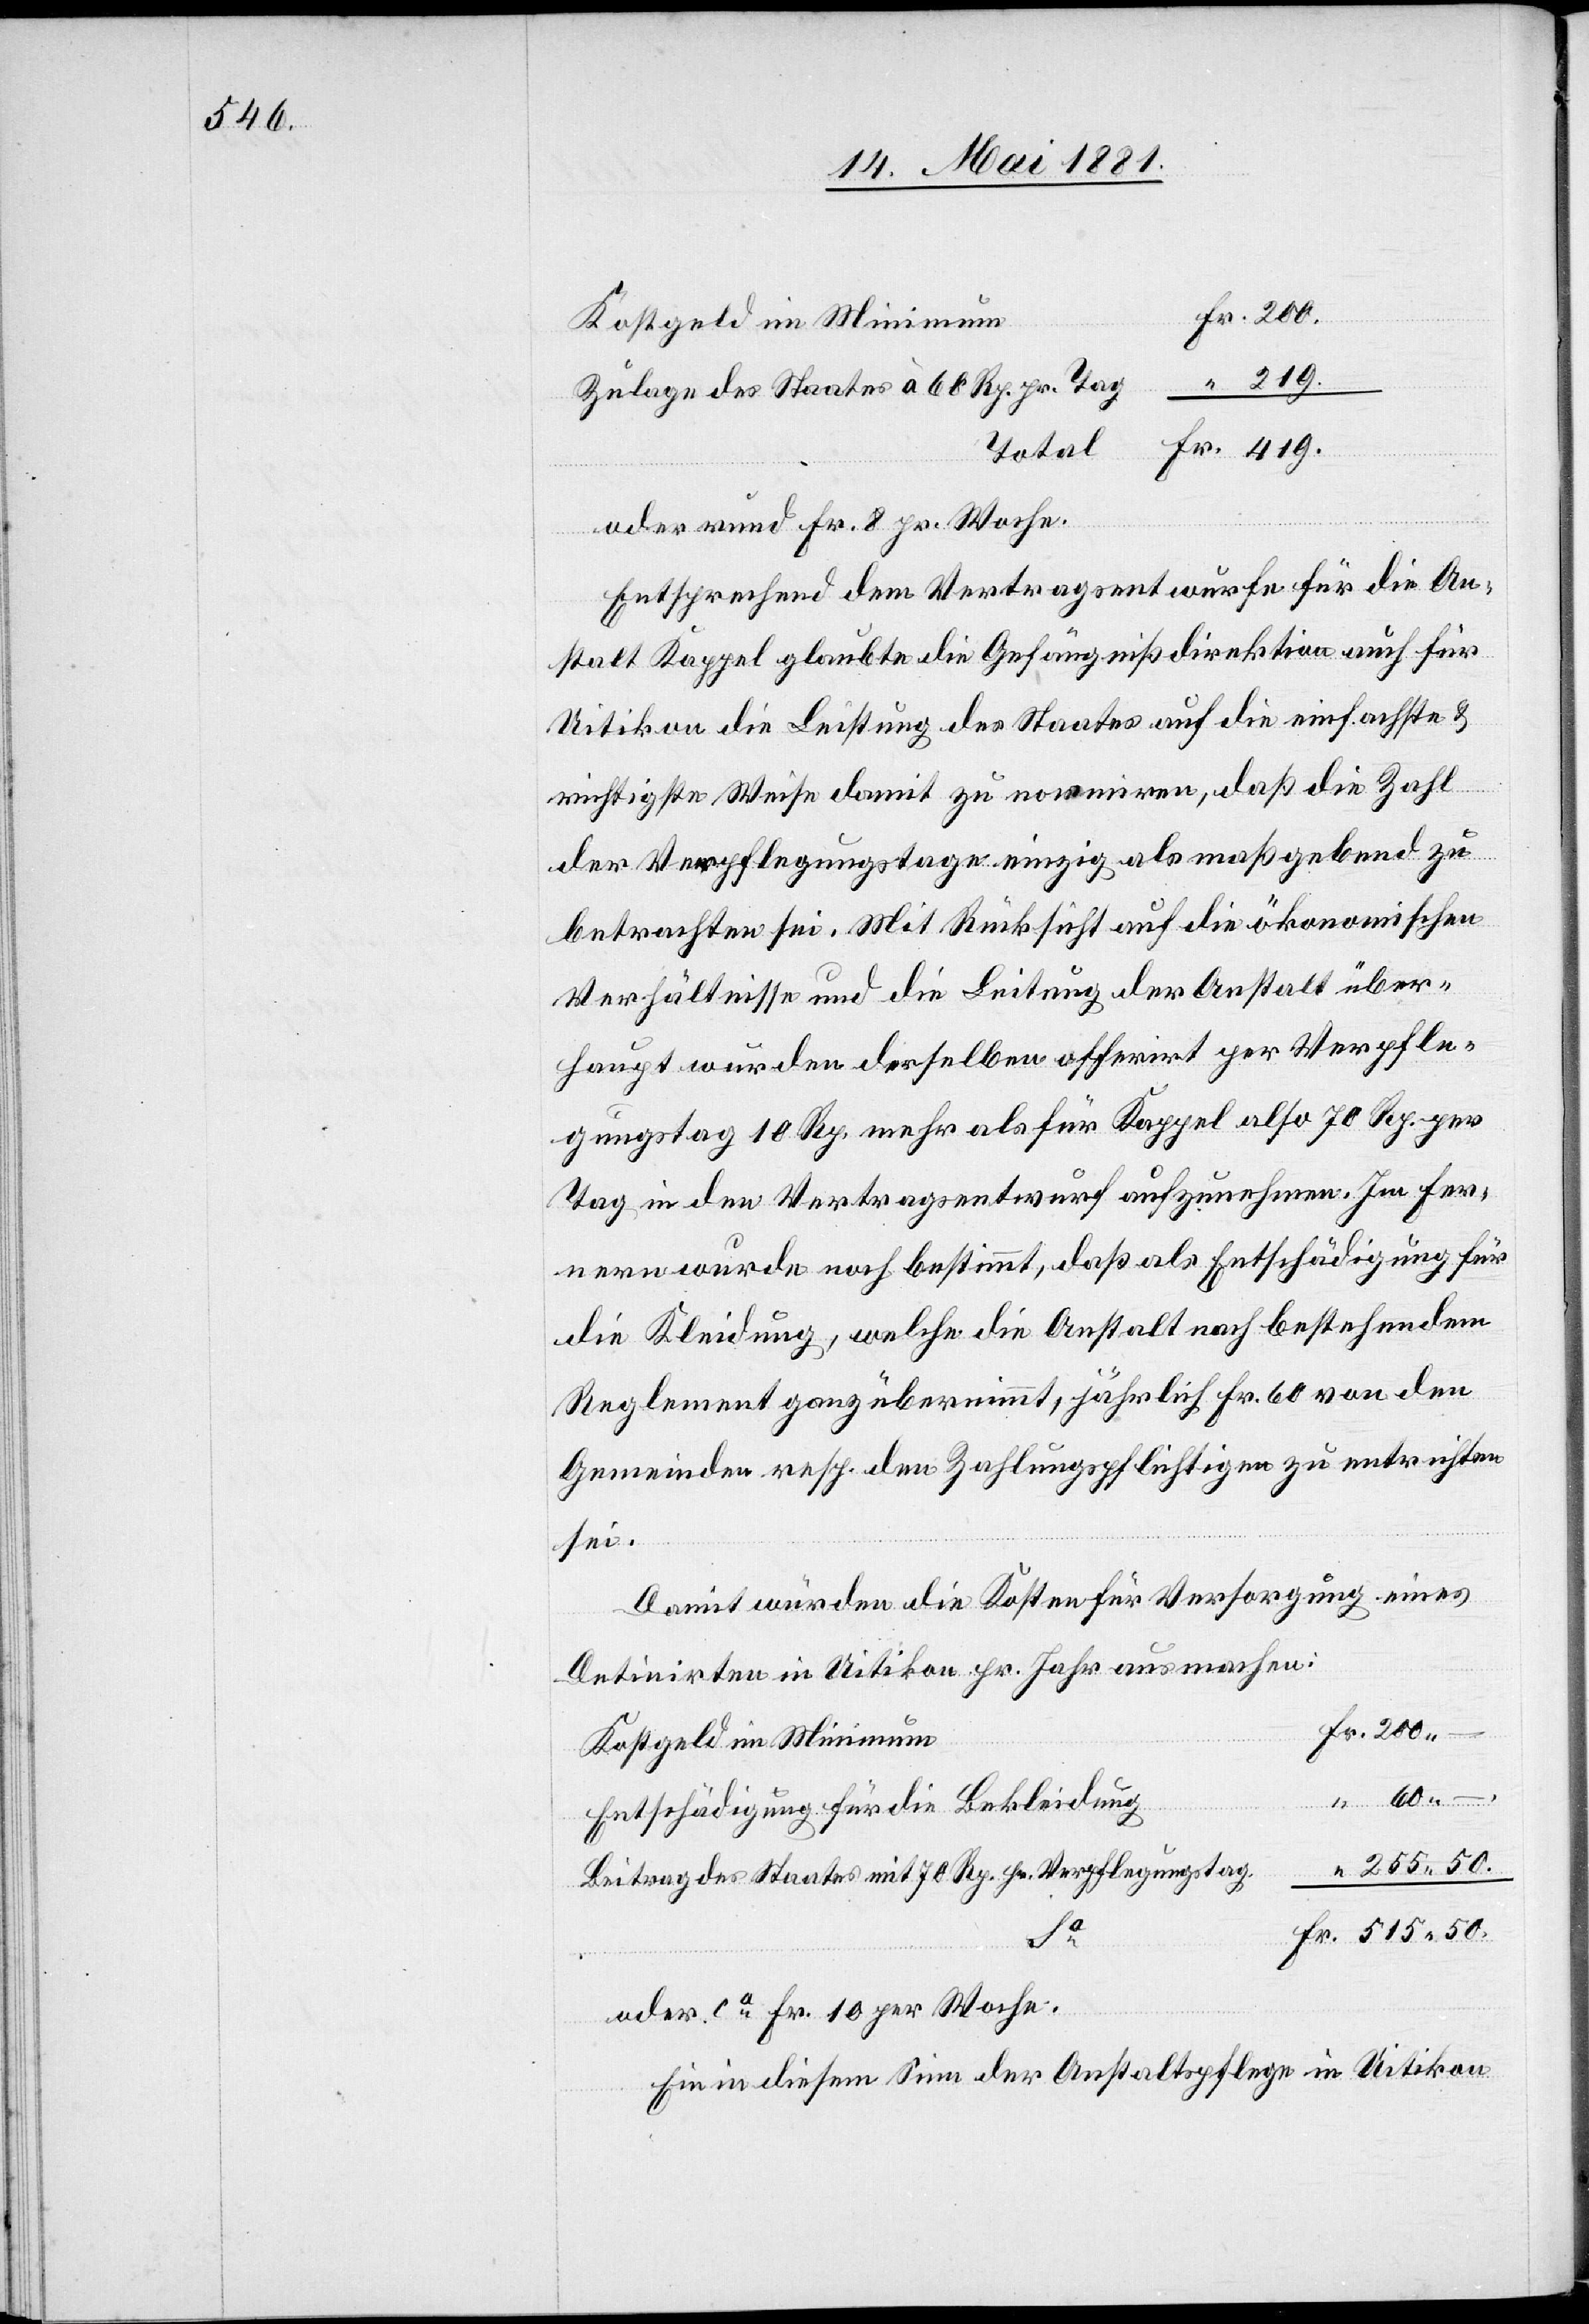
Kopfgeld im Minimum
Zulagen des Staates à 60 Rp. pr. Tag
Total
oder mind. Fr. 8 pr. Woche.
Entsprechend dem Vertragsentwurfe für die An¬
stalt Kappel glaubte die Gefängnißdirektion auch für
Uitikon die Leistung des Staates auf die einfachste &
richtigste Weise damit zu normiren, daß die Zahl
der Verpflegungstage einzig als maßgebend zu
betrachten sei. Mit Rücksicht auf die ökonomischen
Verhältnisse und die Leitung der Anstalt über¬
haupt wurden derselben offerirt per Verpfle¬
gungstag 10 Rp. mehr als für Kappel[,] also 70 Rp. per
Tag[,] in den Vertragsentwurf aufzunehmen. Im fer¬
nern wurde noch bestimmt, daß als Entschädigung für
die Kleidung, welche die Anstalt nach bestehendem
Reglement ganz übernimmt, jährlich Fr. 60 von den
Gemeinden resp. den Zahlungspflichtigen zu unterrichten
sei.
Damit würden die Kosten für Versorgung eines
Detinirten in Uitikon pr. Jahr ausmachen:
60.–
200.–
Entschädigung für die Bekleidung
255. 50.
Beitrag des Staates mit 70 Rp. pr. Verpflegungstag.
50.
oder ca Fr. 10 per Woche.
Ein in diesem Sinn der Anstaltspflege in Uitikon